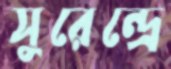
সুরেন্দ্রে